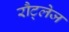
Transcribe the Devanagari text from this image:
रौट्लेज